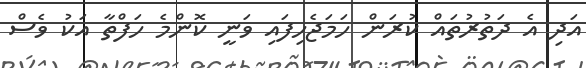
އަދި އެ ދަތުރުތައް ކުރަން ހަމަޖެހިފައި ވަނީ ކޮންމެ ހަފްތާ އަކު ވެސް